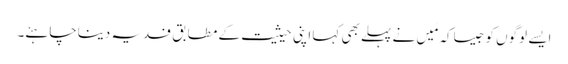
ایسے لوگوں کو جیساکہ مَیں نے پہلے بھی کہا اپنی حیثیت کے مطابق فدیہ دیناچاہئے۔